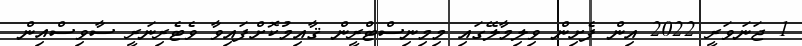
1 ޖަނަވަރީ 2022 އިން ފެށިން ވިލިމާލޭގައި މިމިނިސްޓްރީން ޤާއިމުކޮށްފައިވާ ވެޓެރިނަރީ ސާވިސްއިން